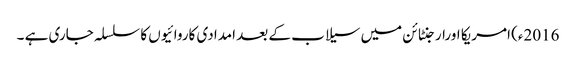
2016ء) امریکا اورارجنٹائن میں سیلاب کے بعد امدادی کاروائیوں کا سلسلہ جاری ہے ۔